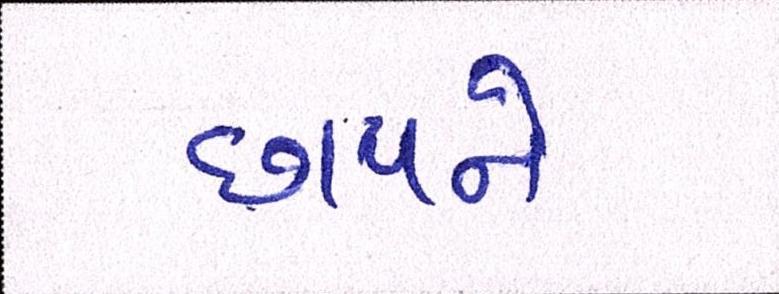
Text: છાપને